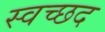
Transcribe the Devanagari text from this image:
स्वच्छद